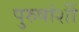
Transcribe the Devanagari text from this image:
पुरुषांशीं